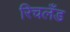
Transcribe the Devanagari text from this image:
रिचलँड